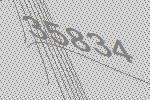
35834